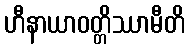
ဟီနာယာဝတ္တိဿာမီတိ